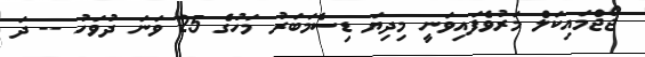
ޖޯޖްމައިކަލް މަރުވެފައިވަނީ މިދިޔަ ޑިސެމަބަރު މަހުގެ 25 ވަނަ ދުވަހު -- ދަ